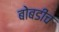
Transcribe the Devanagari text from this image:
बोबडीच